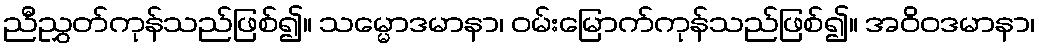
ညီညွှတ်ကုန်သည်ဖြစ်၍။ သမ္မောဒမာနာ၊ ဝမ်းမြောက်ကုန်သည်ဖြစ်၍။ အဝိဝဒမာနာ၊